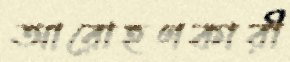
আরোহণকারী